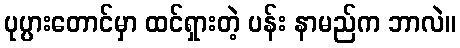
ပုပ္ပားတောင်မှာ ထင်ရှားတဲ့ ပန်း နာမည်က ဘာလဲ။